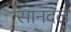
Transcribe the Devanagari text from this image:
सानदल